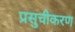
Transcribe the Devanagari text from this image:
प्रसुचीकरण